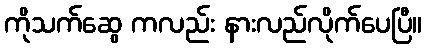
ကိုသက်ဆွေ ကလည်း နားလည်လိုက်ပေပြီ။